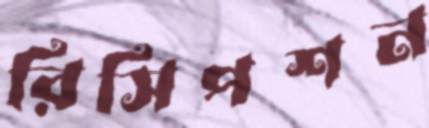
রিসিপশন